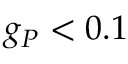
g _ { P } < 0 . 1